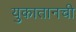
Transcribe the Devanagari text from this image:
युकातानची